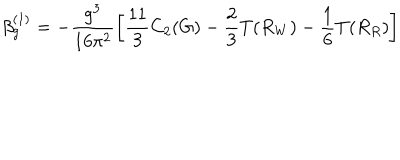
\beta _ { g } ^ { ( 1 ) } = - \frac { g ^ { 3 } } { 1 6 \pi ^ { 2 } } \left[ \frac { 1 1 } { 3 } C _ { 2 } ( G ) - \frac { 2 } { 3 } T ( R _ { W } ) - \frac { 1 } { 6 } T ( R _ { R } ) \right]